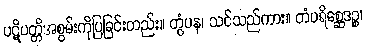
ပဋိပတ္တိအစွမ်းကိုပြခြင်းတည်း။ တွံပန၊ သင်သည်ကား။ တံပရိစ္ဆေဒဉ္စ၊